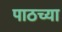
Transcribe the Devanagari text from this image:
पाठच्या